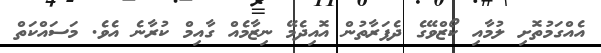
އެއްގަމުތޮށި ލުމާއި ކޯޒްވޭގެ ދެފަރާތުން އޮއިދެމޭ ނިޒާމެއް ގާއިމް ކުރާނެ އެވެ. މަސައްކަތް